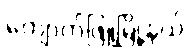
ကျောက်ဖြူမြို့နယ်